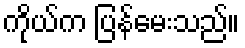
ကိုယ်က ပြန်မေးသည်။